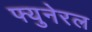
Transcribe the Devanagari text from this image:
फ्युनेरल